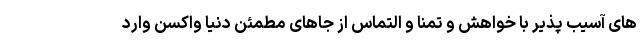
های آسیب پذیر با خواهش و تمنا و التماس از جاهای مطمئن دنیا واکسن وارد